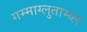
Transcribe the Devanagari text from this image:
गम्माग्लुताम्य्ल